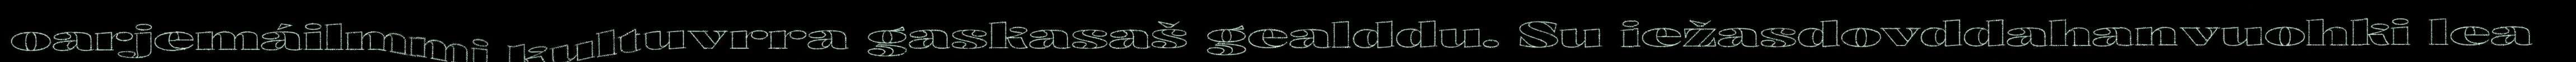
oarjemáilmmi kultuvrra gaskasaš gealddu. Su iežasdovddahanvuohki lea